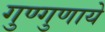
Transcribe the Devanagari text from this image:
गुण्गुणाये